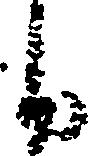
之